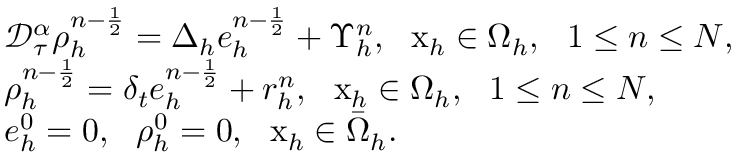
\begin{array} { r l } & { \mathcal { D } _ { \tau } ^ { \alpha } \rho _ { h } ^ { n - \frac { 1 } { 2 } } = \Delta _ { h } e _ { h } ^ { n - \frac { 1 } { 2 } } + \Upsilon _ { h } ^ { n } , ~ ~ \mathrm { x } _ { h } \in \Omega _ { h } , ~ ~ 1 \le n \le N , } \\ & { \rho _ { h } ^ { n - \frac { 1 } { 2 } } = \delta _ { t } e _ { h } ^ { n - \frac { 1 } { 2 } } + r _ { h } ^ { n } , ~ ~ \mathrm { x } _ { h } \in \Omega _ { h } , ~ ~ 1 \le n \le N , } \\ & { e _ { h } ^ { 0 } = 0 , ~ ~ \rho _ { h } ^ { 0 } = 0 , ~ ~ \mathrm { x } _ { h } \in \bar { \Omega } _ { h } . } \end{array}